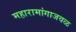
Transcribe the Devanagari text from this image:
महारामांगाजवळ